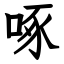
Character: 啄